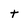
Character: t